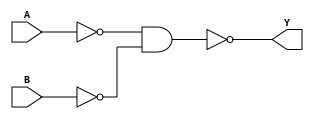
module OR(Y,A,B);
	input A,B;
	output Y;
	wire x,z;
	nand (x,A,A);
	nand (z,B,B);
	nand (Y,x,z);
endmodule

module HALF_ADDER(COUT,SUM,IN0,IN1);
	input IN0,IN1;
	output COUT,SUM;
	wire t1,t2,t3;
	nand(t1,IN0,IN1);
	nand(t2,t1,IN0);
	nand(t3,t1,IN1);
	nand(SUM,t2,t3);
	nand(COUT,t1,t1);
endmodule 

module FULL_ADDER(COUT,SUM,IN0,IN1,CIN);
	input IN0,IN1,CIN;
	output COUT,SUM;
	wire wc1,wc2,wsum;
	HALF_ADDER Half_Adder_1(wc,wsum,IN0,IN1);
	HALF_ADDER Half_Adder_2(wc2,SUM,wsum,CIN);
	OR or_1(COUT,wc,wc2);
endmodule

module ADDER_16(COUT,SUM,IN0,IN1,CIN);
	input CIN;	
	input[15:0] IN0,IN1;
	output COUT;
	output [15:0] SUM;
	wire[14:0] carry;
	FULL_ADDER Full_Adder_1(carry[0],SUM[0],IN0[0],IN1[0],CIN);
	FULL_ADDER Full_Adder_2(carry[1],SUM[1],IN0[1],IN1[1],carry[0]);
	FULL_ADDER Full_Adder_3(carry[2],SUM[2],IN0[2],IN1[2],carry[1]);
	FULL_ADDER Full_Adder_4(carry[3],SUM[3],IN0[3],IN1[3],carry[2]);
	FULL_ADDER Full_Adder_5(carry[4],SUM[4],IN0[4],IN1[4],carry[3]);
	FULL_ADDER Full_Adder_6(carry[5],SUM[5],IN0[5],IN1[5],carry[4]);
	FULL_ADDER Full_Adder_7(carry[6],SUM[6],IN0[6],IN1[6],carry[5]);
	FULL_ADDER Full_Adder_8(carry[7],SUM[7],IN0[7],IN1[7],carry[6]);
	FULL_ADDER Full_Adder_9(carry[8],SUM[8],IN0[8],IN1[8],carry[7]);
	FULL_ADDER Full_Adder_10(carry[9],SUM[9],IN0[9],IN1[9],carry[8]);
	FULL_ADDER Full_Adder_11(carry[10],SUM[10],IN0[10],IN1[10],carry[9]);
	FULL_ADDER Full_Adder_12(carry[11],SUM[11],IN0[11],IN1[11],carry[10]);
	FULL_ADDER Full_Adder_13(carry[12],SUM[12],IN0[12],IN1[12],carry[11]);
	FULL_ADDER Full_Adder_14(carry[13],SUM[13],IN0[13],IN1[13],carry[12]);
	FULL_ADDER Full_Adder_15(carry[14],SUM[14],IN0[14],IN1[14],carry[13]);
	FULL_ADDER Full_Adder_16(COUT,SUM[15],IN0[15],IN1[15],carry[14]);
endmodule